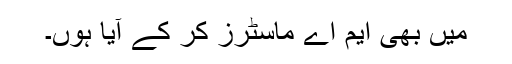
میں بھی ایم اے ماسٹرز کر کے آیا ہوں۔